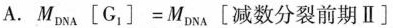
A.$$M _ { D N A } \left [ G _ { 1 } \right ] = M _ { D N A } \left [ 减 数 分 裂 前 期 Ⅱ \right ]$$